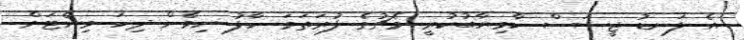
އެ ލަނޑު ޖީސަސް ކާމިޔާބުކުރީ މެޗުގެ ފުރަތަމަ ހާފު ނިމެން ދިހަ މިނެޓަށް